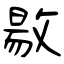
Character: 敭